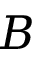
B